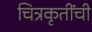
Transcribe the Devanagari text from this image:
चित्रकृतींची